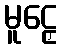
မူဠှေ